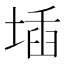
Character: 𡍪